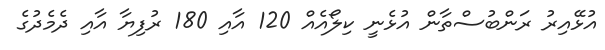
އުޅޭއިރު ރަންބުސްތާން އުޅެނީ ކިލޯއެއް 120 އާއި 180 ރުފިޔާ އާއި ދެމެދުގެ